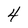
Character: 4